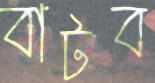
বাটব